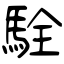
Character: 駩